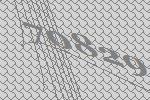
70829